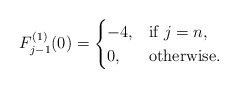
\begin{align*}F_{j-1}^{(1)}(0)=\begin{cases}-4,& \mbox{if}\ j=n,\\0, & \mbox{otherwise}.\end{cases}\end{align*}